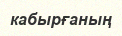
кабырғаның